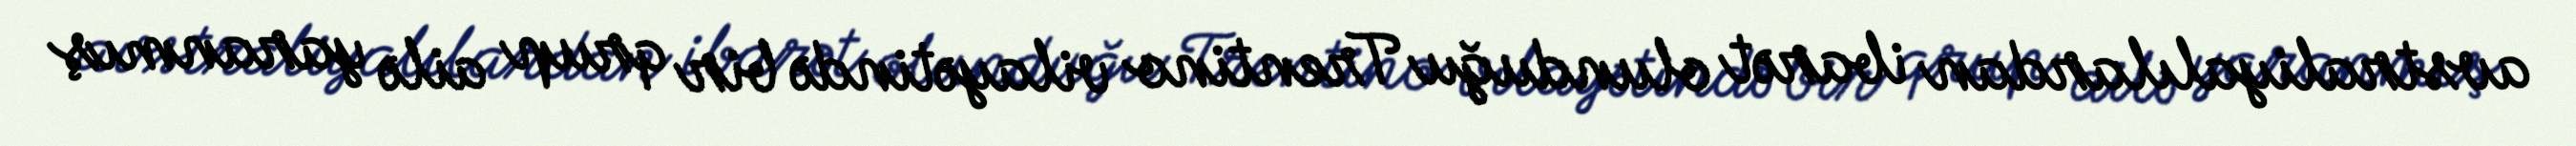
avstraliyalılardan ibarət olunduğu Trentino vilayətində bir qrup ailə yaranmış